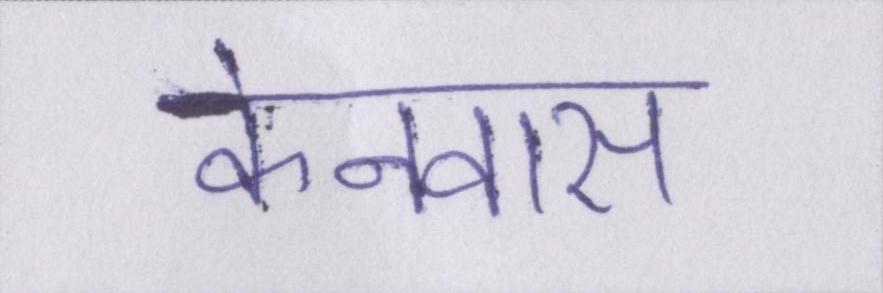
केनवास